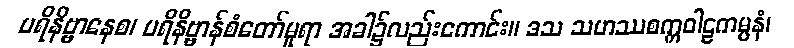
ပရိနိဗ္ဗာနေစ၊ ပရိနိဗ္ဗာန်စံတော်မူရာ အခါ၌လည်းကောင်း။ ဒသ သဟဿစက္ကဝါဠကမ္ပနံ၊